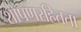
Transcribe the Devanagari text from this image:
शोषणरहितता